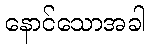
နောင်သောအခါ